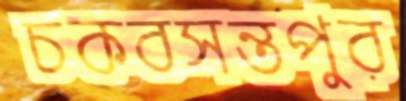
চকবসন্তপুর